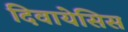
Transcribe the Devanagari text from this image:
दिवायेसिस